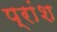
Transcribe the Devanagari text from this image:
प्रांश